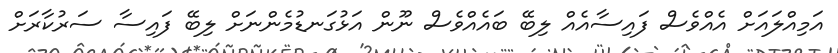
އަމިއްލައަށް އެއްވެސް ފައިސާއެއް ލިބޭ ބައެއްވެސް ނޫން އަޅުގަނޑުމެންނަށް ލިބޭ ފައިސާ ސަރުކާރަށް